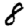
Digit: 8